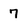
Character: 7